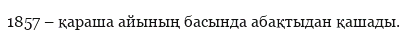
1857 – қараша айының басында абақтыдан қашады.